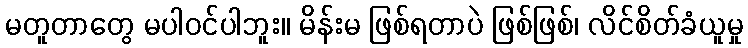
မတူတာတွေ မပါဝင်ပါဘူး။ မိန်းမ ဖြစ်ရတာပဲ ဖြစ်ဖြစ်၊ လိင်စိတ်ခံယူမှု